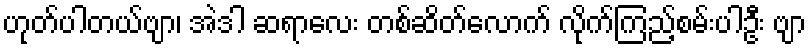
ဟုတ်ပါတယ်ဗျာ၊ အဲဒါ ဆရာလေး တစ်ဆိတ်လောက် လိုက်ကြည့်စမ်းပါဦး ဗျာ